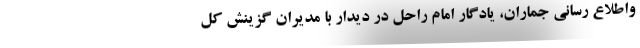
واطلاع رسانی جماران، یادگار امام راحل در دیدار با مدیران گزینش کل